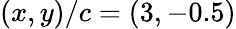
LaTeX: (x,y)/c=(3,-0.5)